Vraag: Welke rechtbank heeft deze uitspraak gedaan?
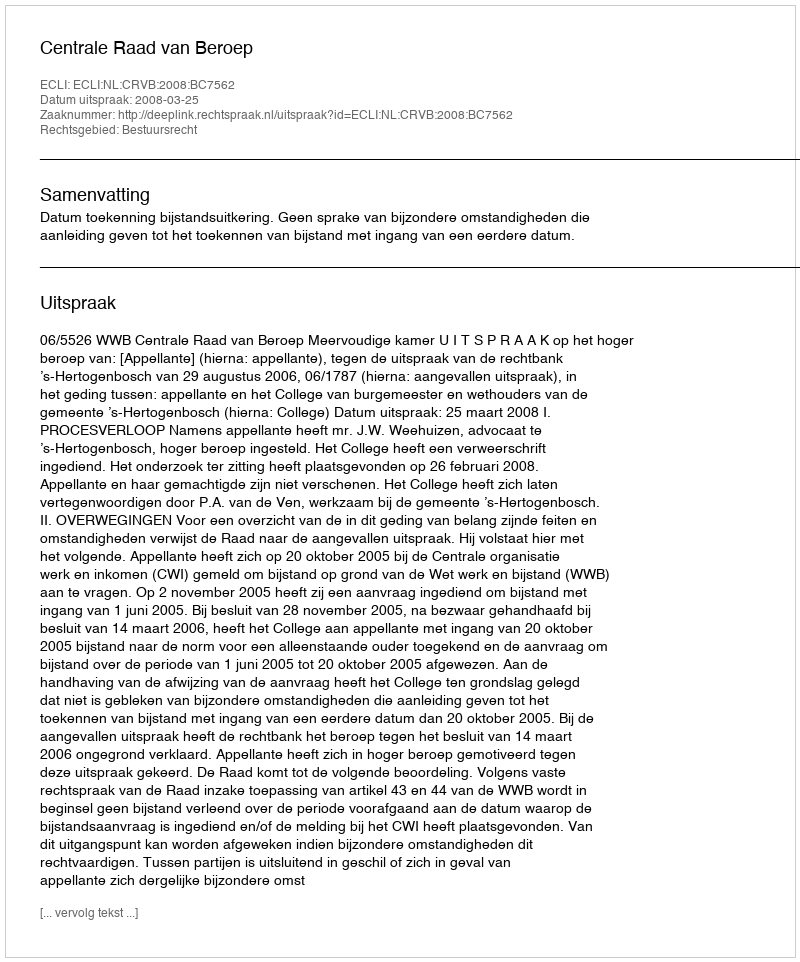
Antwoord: Centrale Raad van Beroep